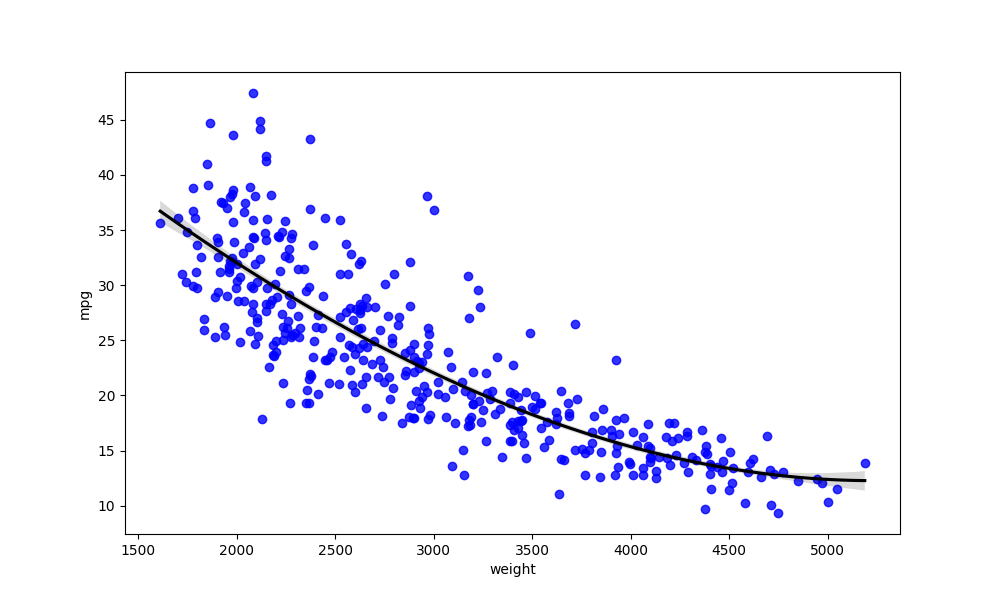
python, seaborn, regplot, order=3, ci=68, scatter_color=blue, line_color=black